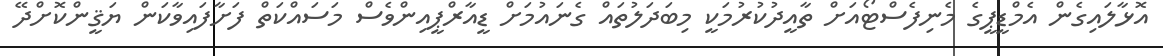
އޮޅާލައިގެން އެމްޑީޕީގެ މެނިފެސްޓޯއަށް ތާއީދުކުރުމަކީ މިބަދަލުތައް ގެނައުމަށް ޑީއާރްޕީއިންވެސް މަސައްކަތް ފަށާފައިވާކަން ޔަޤީންކޮށްދޭ